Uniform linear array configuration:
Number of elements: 12
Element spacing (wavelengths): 0.25
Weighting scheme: kaiser
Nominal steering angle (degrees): -15
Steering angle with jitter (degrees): -16.39
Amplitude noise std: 0.05
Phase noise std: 0.05

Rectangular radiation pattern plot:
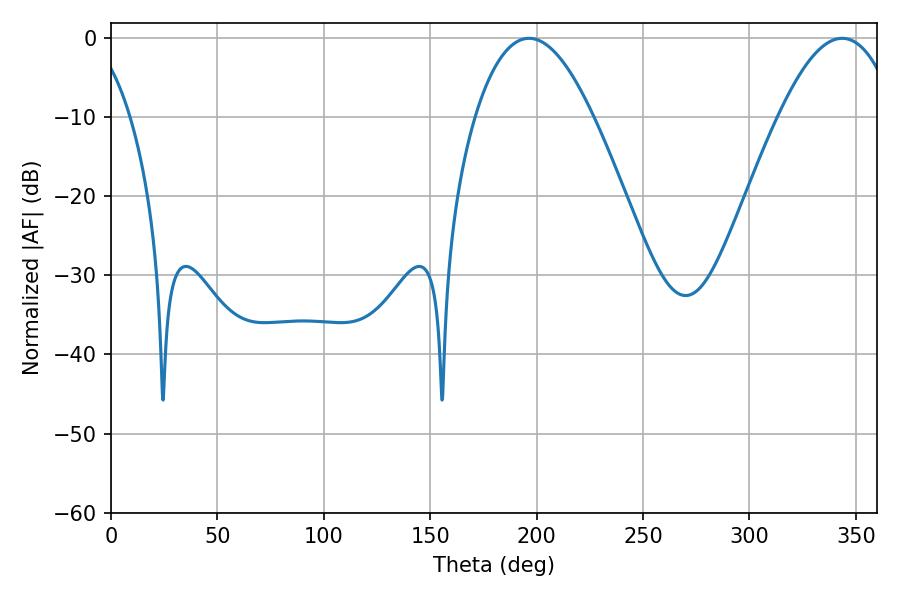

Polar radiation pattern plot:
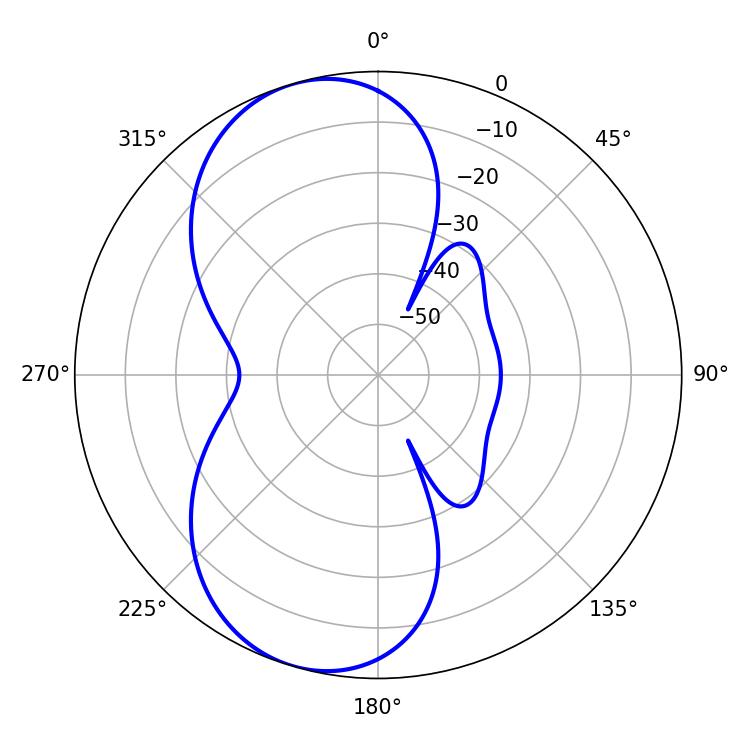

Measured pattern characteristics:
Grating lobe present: FALSE
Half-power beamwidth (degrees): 30.42
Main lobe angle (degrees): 196.38